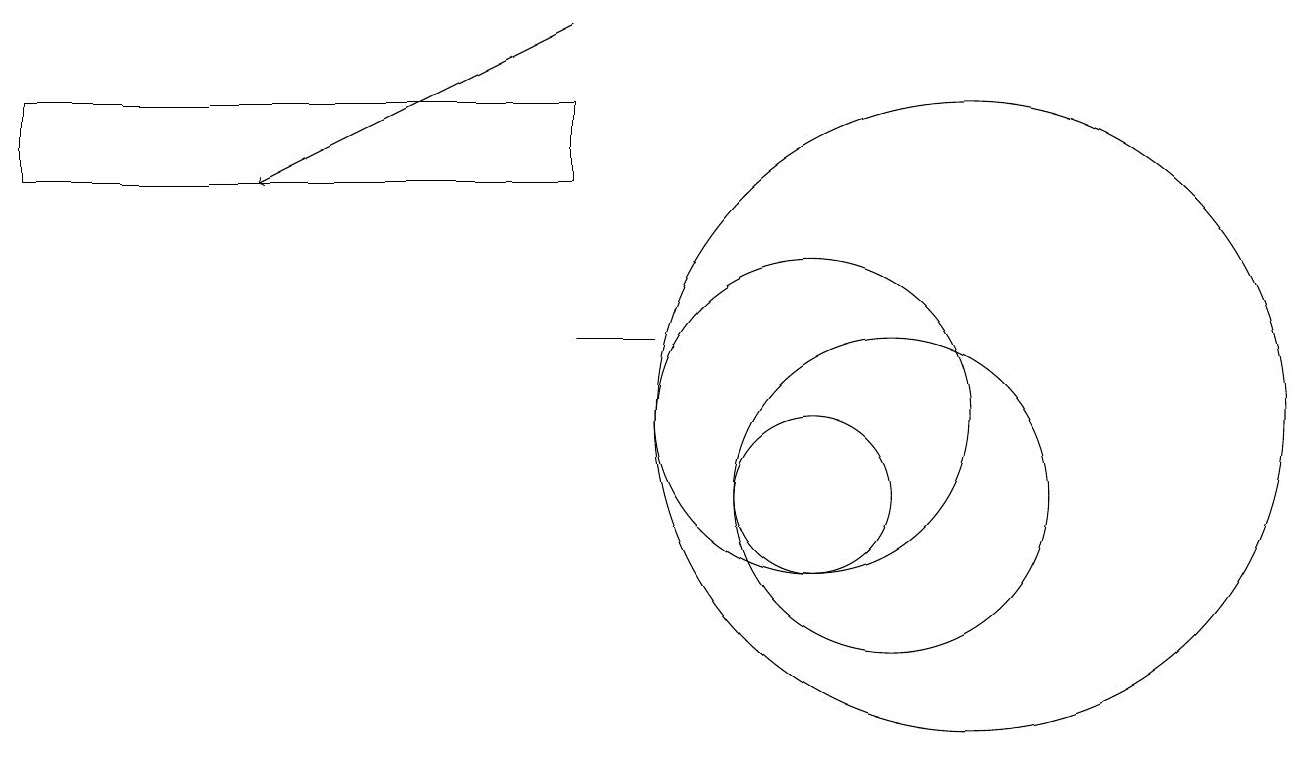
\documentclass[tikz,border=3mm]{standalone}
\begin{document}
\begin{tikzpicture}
\draw[->] (7,16) -- (3,14);
\draw (12,11) circle (4);
\draw (10,11) circle (2);
\draw (7,14) rectangle (0,15);
\draw (11,10) circle (2);
\draw (10,10) circle (1);
\draw (7,12) rectangle (8,12);
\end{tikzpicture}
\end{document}